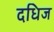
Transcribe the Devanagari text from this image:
दधिज